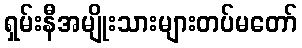
ရှမ်းနီအမျိုးသားများတပ်မတော်